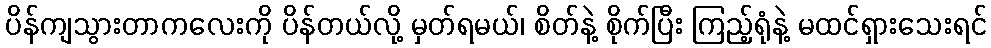
ပိန်ကျသွားတာကလေးကို ပိန်တယ်လို့ မှတ်ရမယ်၊ စိတ်နဲ့ စိုက်ပြီး ကြည့်ရုံနဲ့ မထင်ရှားသေးရင်